Notes on the propagation and cultivation of the medicinal cinchonas, or Peruvian bark trees
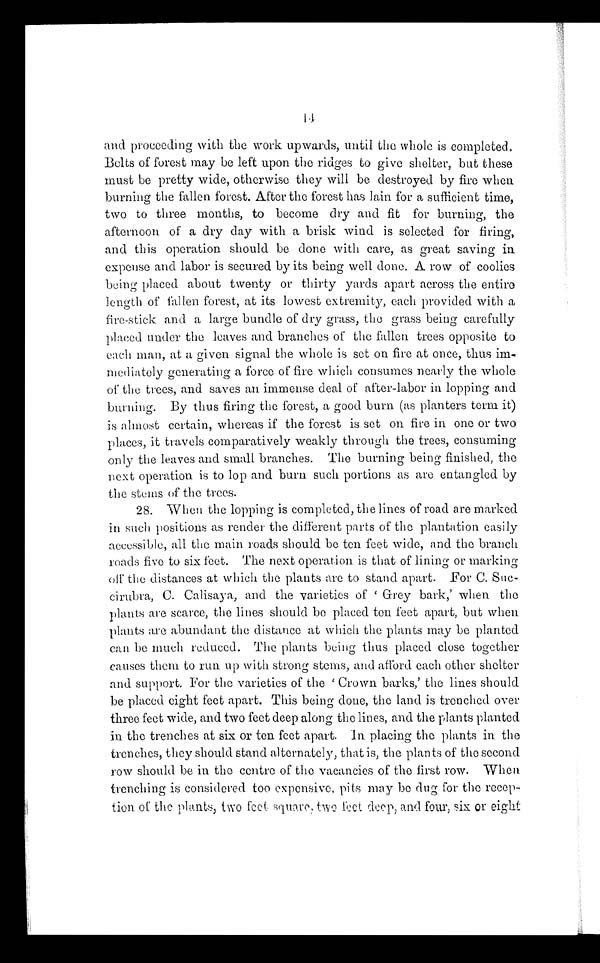
and proceeding with the work upwards, until the whole is completed.
Belts of forest may be left upon the ridges to give shelter, but these
must be pretty wide, otherwise they will be destroyed by fire when.
burning the fallen forest. After the forest has lain for a sufficient time,
two to three months, to become dry and fit for burning, the
afternoon of a dry clay with a brisk wind is selected for firing,
and this operation should be done with care, as great saving in
expense and labor is secured by its being well done. A. row of coolies
being placed about twenty or thirty yards apart across the entire
length of fallen forest, at its lowest extremity, each provided with a
fire-stick and a large bundle of dry grass, the grass being carefully
placed under the leaves and branches of the fallen trees opposite to
each man, at a given signal the whole is set on fire at once, thus im-
mediately generating a force of fire which consumes nearly the whole
of the trees, and saves an immense deal of after-labor in lopping and
burning. By thus firing the forest, a good burn (as planters term it)
is almost certain, whereas if the forest is set on fire in one or two
places, it travels comparatively weakly through ' the trees, consuming
only the leaves and small branches. The burning being finished, the
next operation is to lop and burn such portions as are entangled by
the stems of the trees.
28. When the lopping is completed, the lines of road are marked
in such positions as render the different parts of the plantation easily
accessible, all the main roads should be ten feet wide, and the branch
roads five to six feet. The next operation is that of lining or marking
off the distances at which the plants are to stand apart. For C. Suc-
cirubra, C. Calisaya, and the varieties of 'Grey bark,' when the
plants are scarce, the lines should be placed ten feet apart, but when
plants are abundant the distance at which the plants may be planted
can be much reduced. The plants being thus placed close together
causes them to run up with strong stems, and afford each other shelter
and support. For the varieties of the 'Crown barks,' the lines should
be placed eight feet apart. This being done, the land is trenched over
three feet wide, and two feet deep along the lines, and the plants planted
in the trenches at six or ten feet apart. In placing the plants in the
trenches, they should stand alternately, that is, the plants of the second
row should be in the centre of the vacancies of the first row. When
trenching is considered too expensive, pits may be dug for the recep-
tion of the plants, two feet square, two feet deep, and four, six or eight